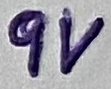
Text: 9V